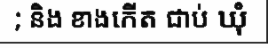
; និង ខាងកើត ជាប់ ឃុំ